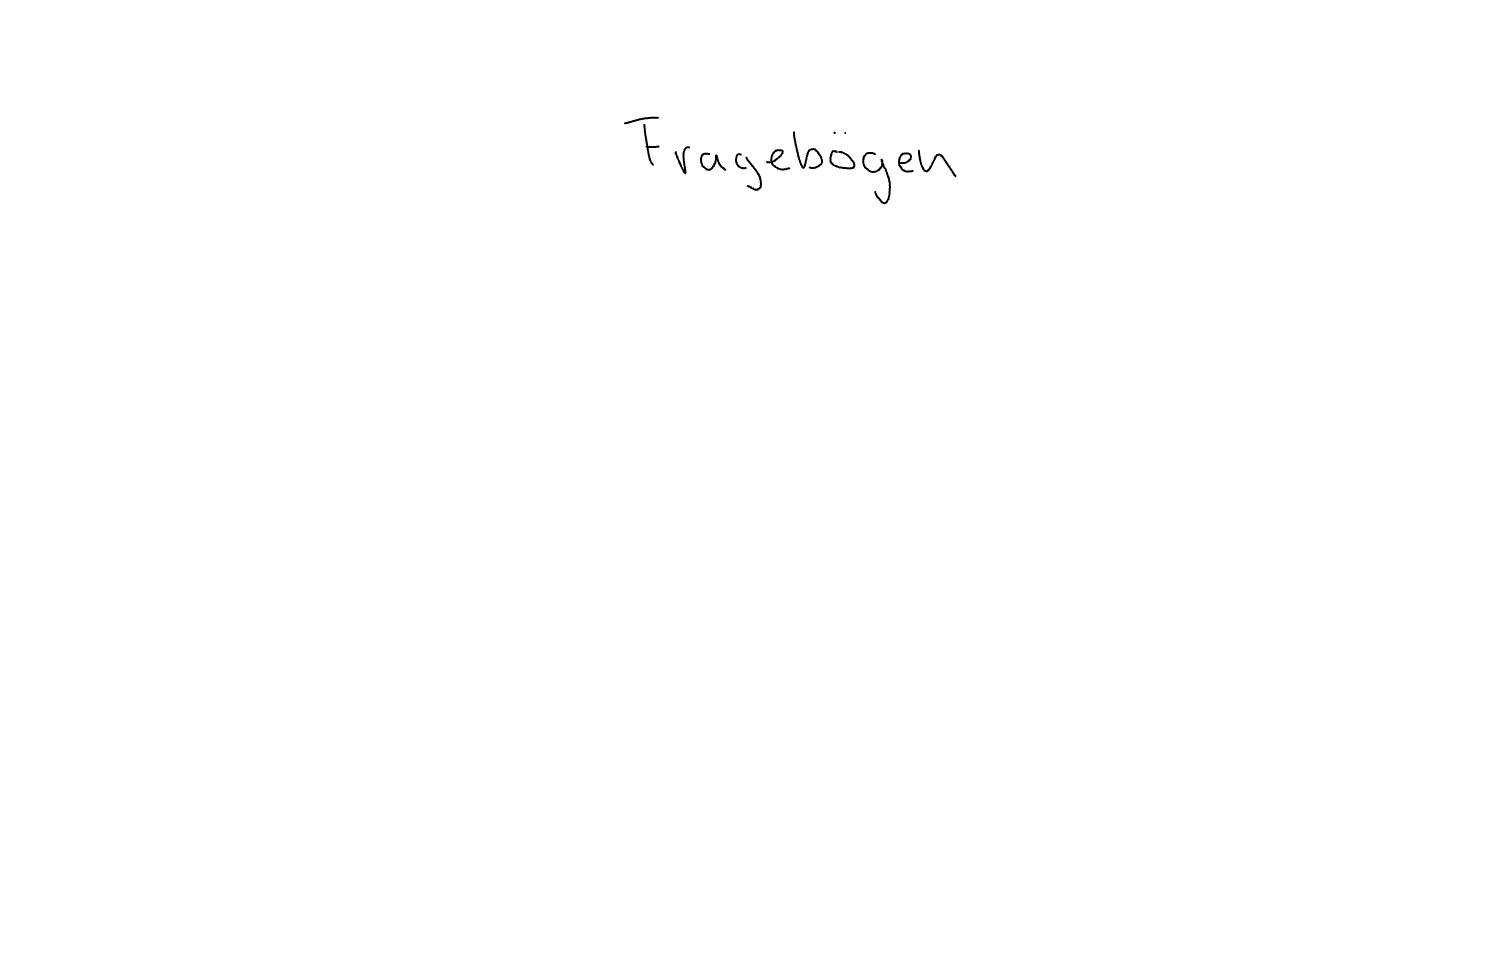
Text: Fragebögen